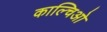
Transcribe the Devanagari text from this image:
काल्चिओ